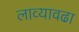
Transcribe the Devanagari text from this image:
लाव्यावढा